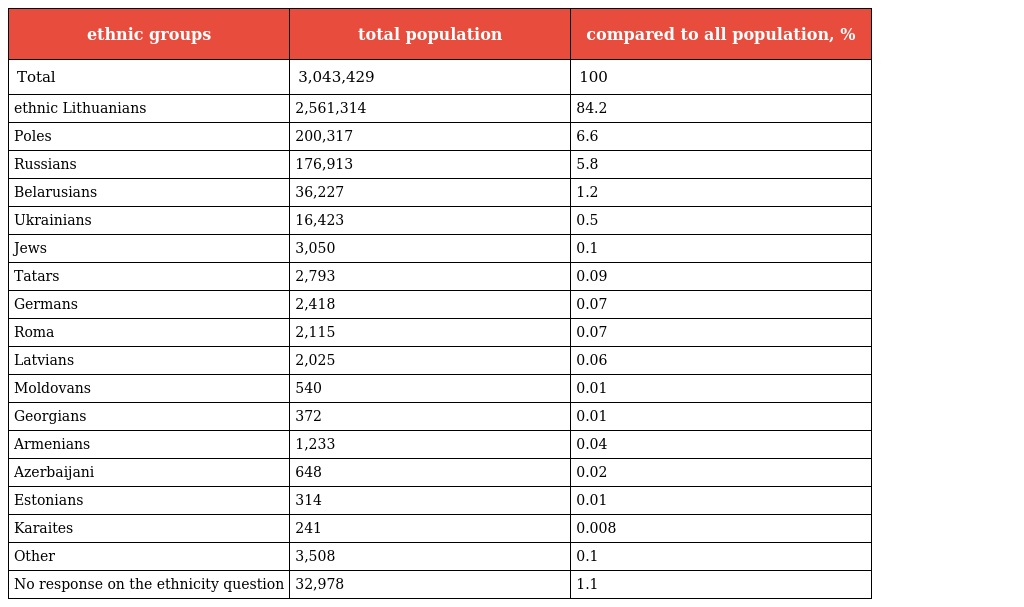
| ethnic groups | total population | compared to all population, % |
 | --- | --- | --- |
 | Total | 3,043,429 | 100 |
 | ethnic Lithuanians | 2,561,314 | 84.2 |
 | Poles | 200,317 | 6.6 |
 | Russians | 176,913 | 5.8 |
 | Belarusians | 36,227 | 1.2 |
 | Ukrainians | 16,423 | 0.5 |
 | Jews | 3,050 | 0.1 |
 | Tatars | 2,793 | 0.09 |
 | Germans | 2,418 | 0.07 |
 | Roma | 2,115 | 0.07 |
 | Latvians | 2,025 | 0.06 |
 | Moldovans | 540 | 0.01 |
 | Georgians | 372 | 0.01 |
 | Armenians | 1,233 | 0.04 |
 | Azerbaijani | 648 | 0.02 |
 | Estonians | 314 | 0.01 |
 | Karaites | 241 | 0.008 |
 | Other | 3,508 | 0.1 |
 | No response on the ethnicity question | 32,978 | 1.1 |